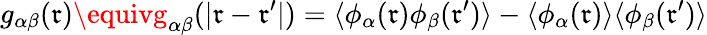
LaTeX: g_{\alpha\beta}(\mathfrak{r})\equivg_{\alpha\beta}(|\mathbf{{\mathfrak{r}}}-\mathbf{{\mathfrak{r}}}^{\prime}|)=\langle\phi_{\alpha}(\mathbf{{\mathfrak{r}}})\phi_{\beta}(\mathbf{{\mathfrak{r}}}^{\prime})\rangle-\langle\phi_{\alpha}(\mathbf{{\mathfrak{r}}})\rangle\langle\phi_{\beta}(\mathbf{{\mathfrak{r}}}^{\prime})\rangle